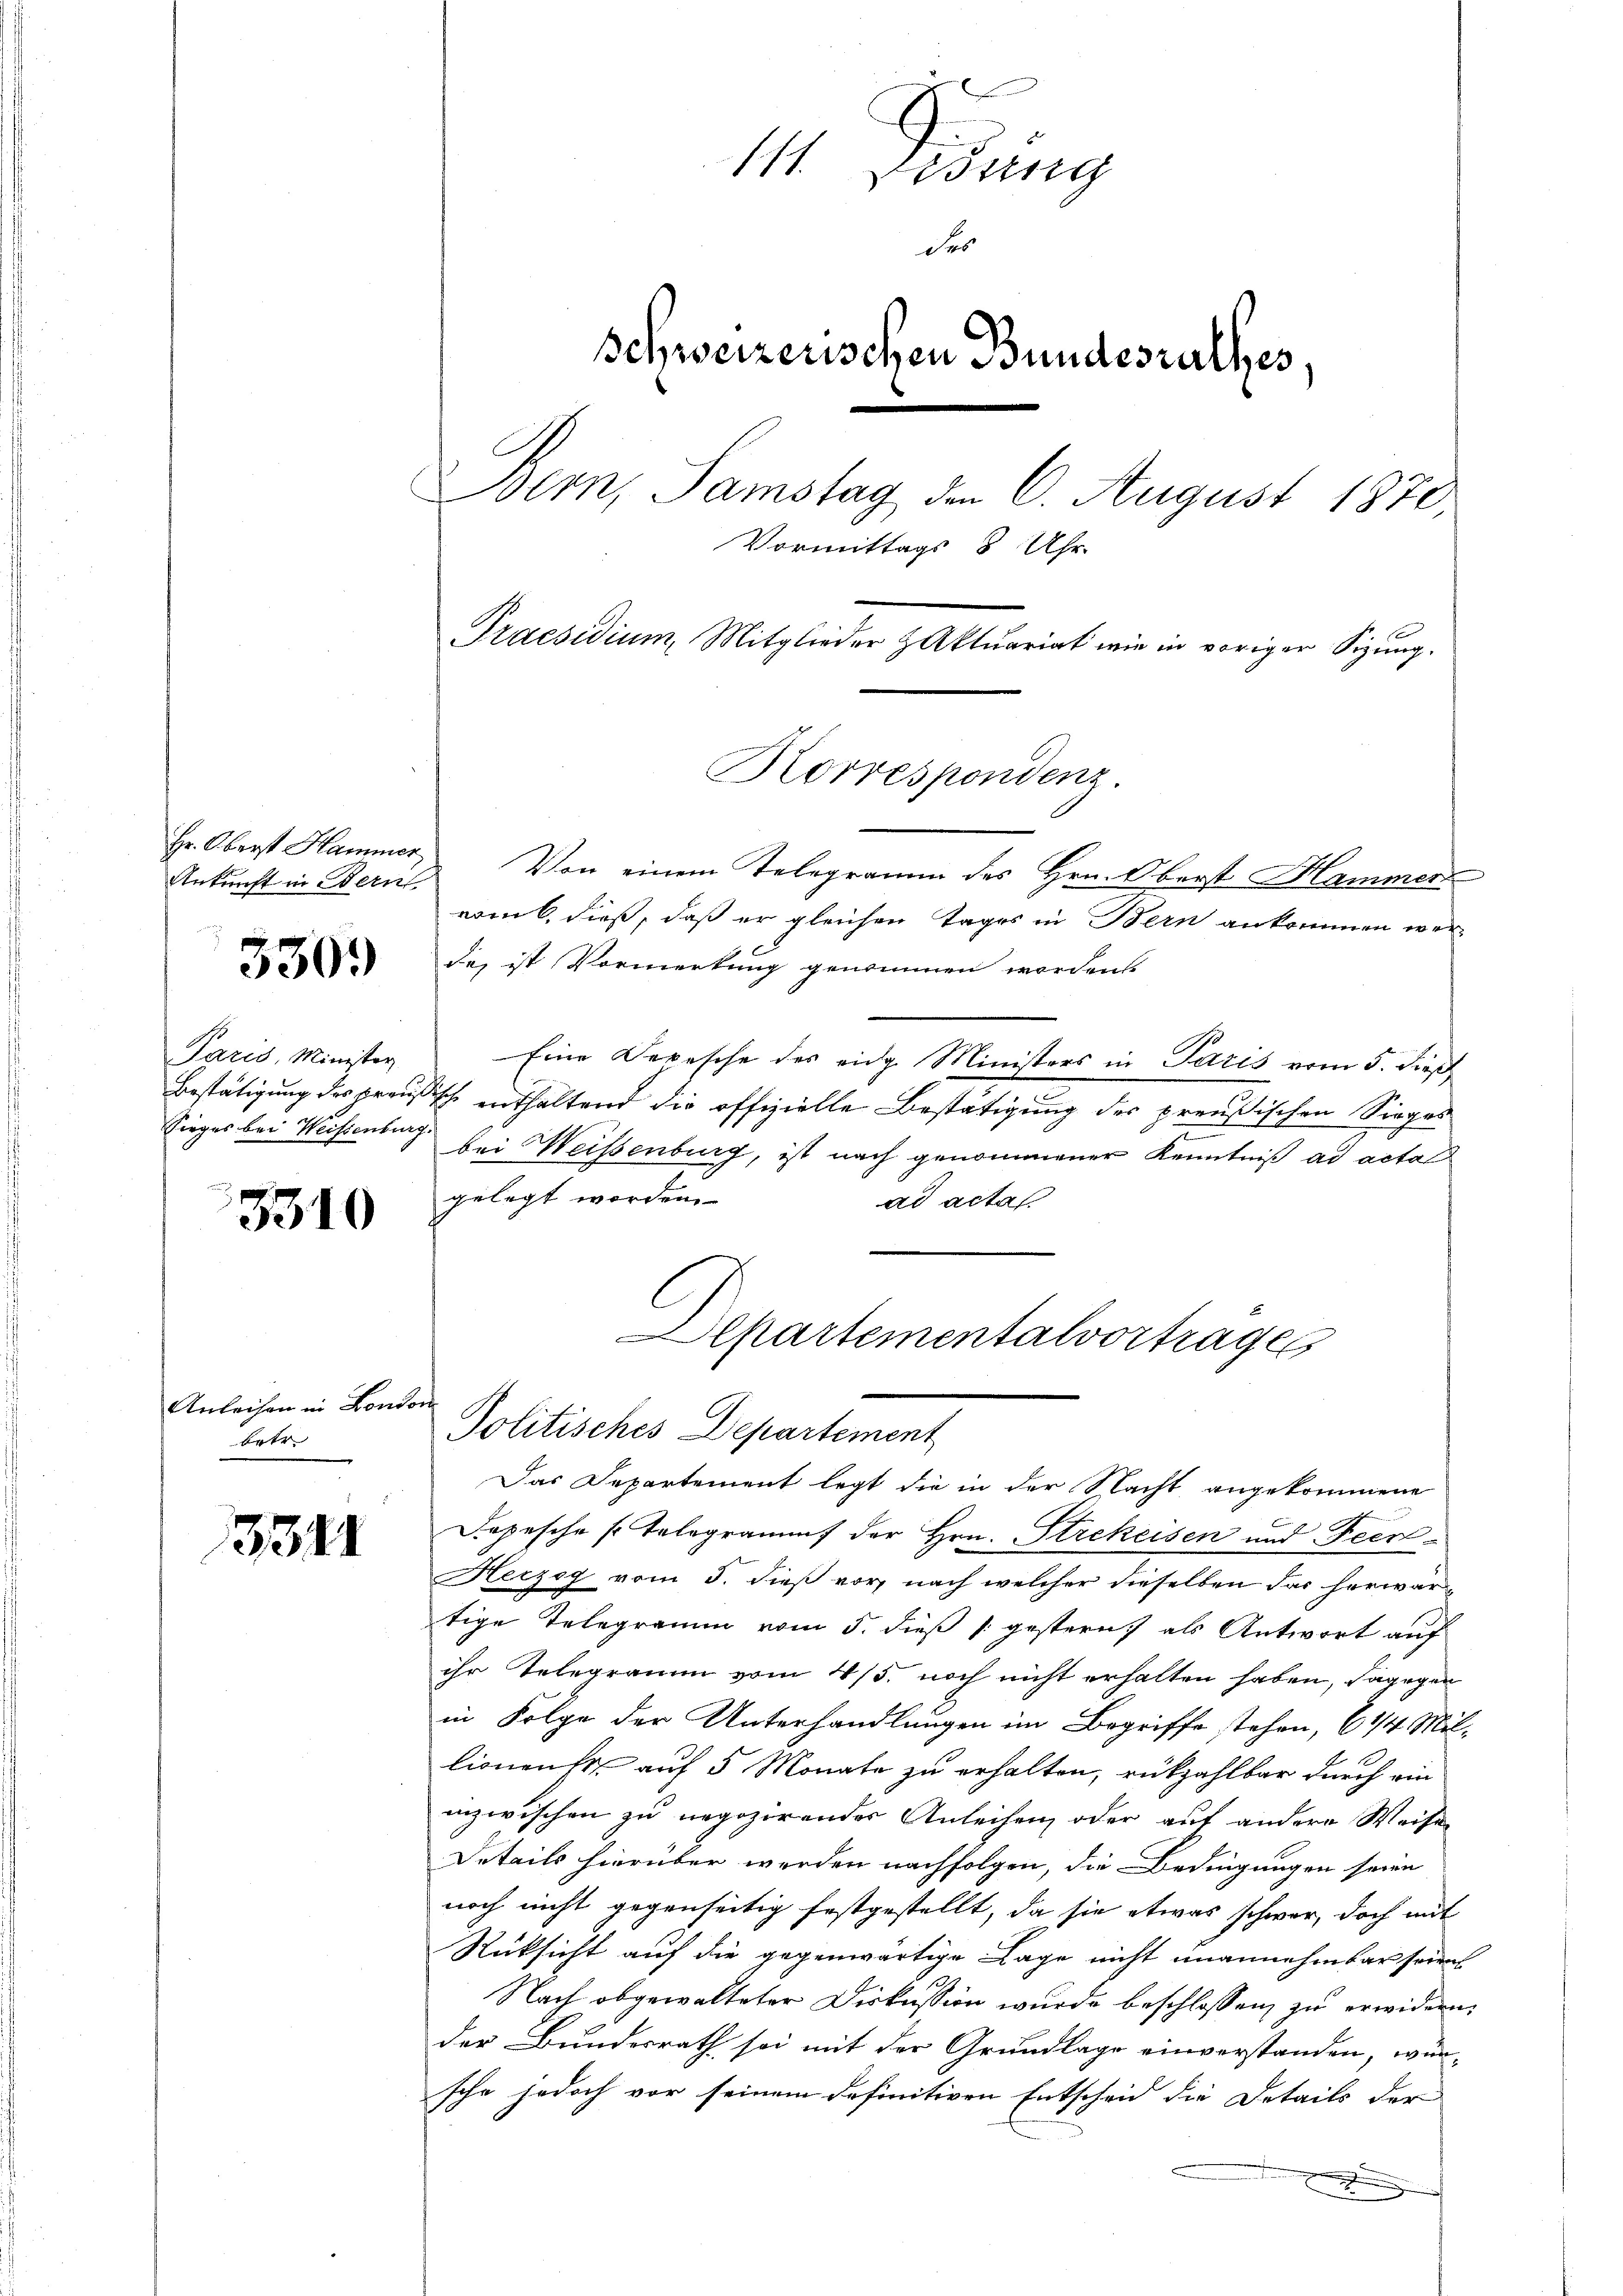
Hr. Oberst Hammer
Ankunft in Bern

3309

Paris, Minister
Sieges bei Weissenburg.

3310

Anleihen in Bondon
betr.

3344

111. Sessing
des
Schweizerischen Bundesrathes.
Boern, Samstag den 6. August 1870.
Vormittags 8 Uhr
Praesidium, Mitglieder Aktuariat wir in voriger Sizung.

Von einem Telegramm des Hrn. Oberst Hammer
vom 6. dieß, daß er gleichen Tages in Bern ankommen werde, ist Vormerkung genommen worden.
Eine Depesche des eidg. Ministers in Paris vom 5. dieß
Bestätigung des preußische enthaltend die offizielle Bestätigung des preußischen Sieges
u
bei Weisenburg, ist nach genommener Kenntniß ad acta
gelegt worden.
ad acta
Alpartementalvortrage

Korrespondenz.

Politisches Departement

Das Departement legt die in der Nacht angekommene
Dopesche s. Telegrammt der Hrn. Strekeisen und Feer¬
Herzog vom 5. dieß vor, nach welcher dieselben das herwartige Telegramm vom 5. dieß gestern, als Antwort auf
ihr Telegramm vom 4/5. noch nicht erhalten haben, dagegen
in Folge der Unterhandlungen im Begriffe stehen, 6 1/4 Millionenst auf 5 Monate zu erhalten, rückzahlbar durch ein
inzwischen zu negozirender Anleihen, oder auf andere Weisen
Details hierüber werden nachfolgen, die Bedingungen seien
noch nicht gegenseitig festgestellt, da sie etwas schwer, doch mit
Rüksicht auf die gegenwärtige Lage nicht unannehmbar seien
Nach abgewalteter Diskussion wurde beschlossen, zu erwidern,
der Bundesrath sei mit der Grundlage einverstanden, wünsche jedoch vor seinem definitiven Entscheid die Details der
d